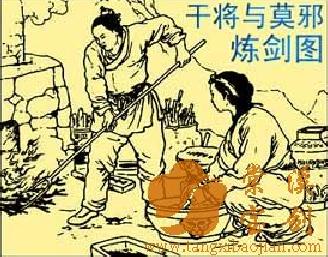
干将为利，名闻天下，匠以治木，不如斤斧。